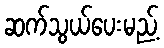
ဆက်သွယ်ပေးမည့်